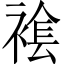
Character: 𧛛